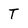
Character: T